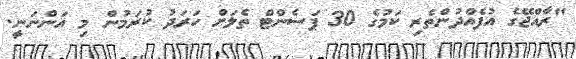
"ރާއްޖޭގެ އުފެއްދުންތެރި ކަމުގެ 30 ޕަސެންޓް ތެލަށް ހަރަދު ކުރަމުން މި އަންނަނީ.